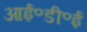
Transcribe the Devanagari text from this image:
आई॰डी॰ई